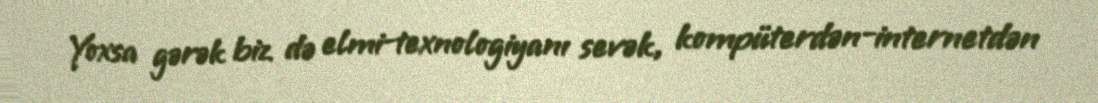
Yoxsa gərək biz də elmi-texnologiyanı sevək, kompüterdən-internetdən